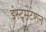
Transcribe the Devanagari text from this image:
इंस्‍टूमेंटेशन